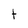
Character: t